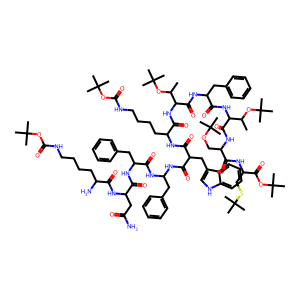
SMILES: CC(OC(C)(C)C)C(NC(=O)C(Cc1ccccc1)NC(=O)C(NC(=O)C(CCCCNC(=O)OC(C)(C)C)NC(=O)C(Cc1c[nH]c2ccccc12)C(=O)NC(Cc1ccccc1)NC(=O)C(Cc1ccccc1)NC(=O)C(CC(N)=O)NC(=O)C(N)CCCCNC(=O)OC(C)(C)C)C(C)OC(C)(C)C)C(=O)NC(COC(C)(C)C)C(=O)NC(CSC(C)(C)C)C(=O)OC(C)(C)C
Inhibits HIV replication: Yes